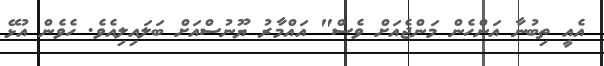
އެއީ ތިބުނާ އަންހެން މަންޖެއަށް ވެސް" އައްމާރު ޔޫނުސްއަށް ބަލައިލިއެވެ. ހެވެން އުޅޭ